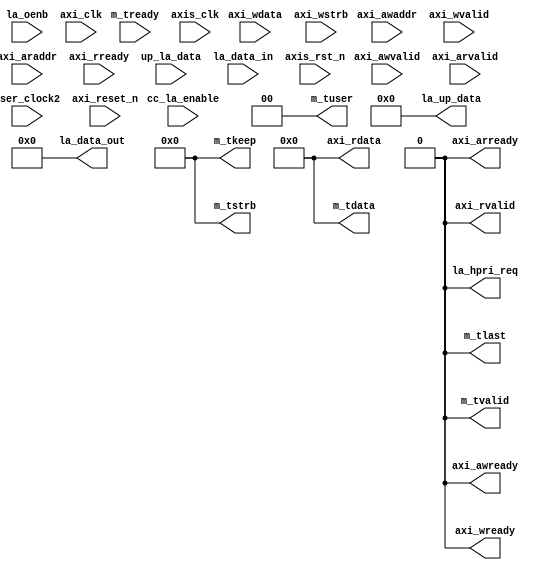
// This code snippet was auto generated by xls2vlog.py from source file: /home/patrick/Downloads/Interface-Definition.xlsx
// User: patrick
// Date: Jul-14-23



module LOGIC_ANLZ #( parameter pADDR_WIDTH   = 10,
                     parameter pDATA_WIDTH   = 32
                   )
(
  output wire           axi_awready,
  output wire           axi_wready,
  output wire           axi_arready,
  output wire   [31: 0] axi_rdata,
  output wire           axi_rvalid,
  output wire   [31: 0] m_tdata,
  output wire    [3: 0] m_tstrb,
  output wire    [3: 0] m_tkeep,
  output wire           m_tlast,
  output wire           m_tvalid,
  output wire    [1: 0] m_tuser,
  output wire           la_hpri_req,
  input  wire           axi_awvalid,
  input  wire   [11: 0] axi_awaddr,
  input  wire           axi_wvalid,
  input  wire   [31: 0] axi_wdata,
  input  wire    [3: 0] axi_wstrb,
  input  wire           axi_arvalid,
  input  wire   [11: 0] axi_araddr,
  input  wire           axi_rready,
  input  wire           cc_la_enable,
  input  wire           m_tready,
  input  wire   [63: 0] up_la_data,
  output wire   [63: 0] la_up_data,
  input  wire  [127: 0] la_data_in,
  input  wire  [127: 0] la_oenb,
  output wire  [127: 0] la_data_out,
  input  wire           user_clock2,
  input  wire           axi_clk,
  input  wire           axi_reset_n,
  input  wire           axis_clk,
  input  wire           axis_rst_n
);


assign axi_awready   = 1'b0;
assign axi_wready    = 1'b0;
assign axi_arready   = 1'b0;
assign axi_rdata     = 32'b0;
assign axi_rvalid    = 1'b0;
assign m_tdata       = 32'b0;
assign m_tstrb       = 4'b0;
assign m_tkeep       = 4'b0;
assign m_tlast       = 1'b0;
assign m_tvalid      = 1'b0;
assign m_tuser       = 2'b0;
assign la_hpri_req   = 1'b0;
assign la_up_data    = 64'b0;
assign la_data_out   = 128'b0;


endmodule // LOGIC_ANLZ